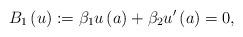
LaTeX: \begin{align*}B_{1}\left( u\right) :=\beta _{1}u\left( a\right) +\beta _{2}u^{\prime}\left( a\right) =0, \end{align*}